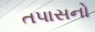
તપાસનો